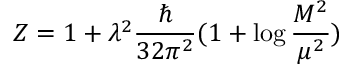
Z = 1 + \lambda ^ { 2 } \frac { \hbar } { 3 2 \pi ^ { 2 } } ( 1 + \log \frac { M ^ { 2 } } { \mu ^ { 2 } } )